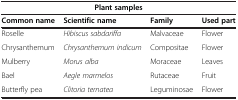
| <COLSPAN=4> Plant samples |
 | Common name | Scientific name | Family | Used part |
 | --- | --- | --- | --- |
 | Roselle | Hibiscus sabdariffa | Malvaceae | Flower |
 | Chrysanthemum | Chrysanthemum indicum | Compositae | Flower |
 | Mulberry | Morus alba | Moraceae | Leaves |
 | Bael | Aegle marmelos | Rutaceae | Fruit |
 | Butterfly pea | Clitoria ternatea | Leguminosae | Flower |